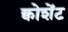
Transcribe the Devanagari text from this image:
क्वोशेंट